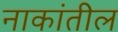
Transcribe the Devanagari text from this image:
नाकांतील